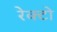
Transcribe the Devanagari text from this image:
रेक्टो